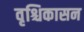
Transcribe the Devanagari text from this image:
वृश्चिकासन